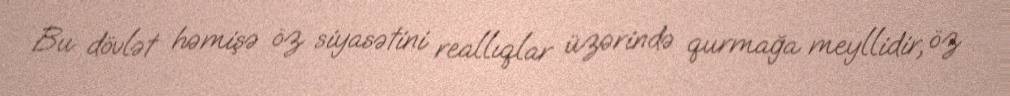
Bu dövlət həmişə öz siyasətini reallıqlar üzərində qurmağa meyllidir, öz